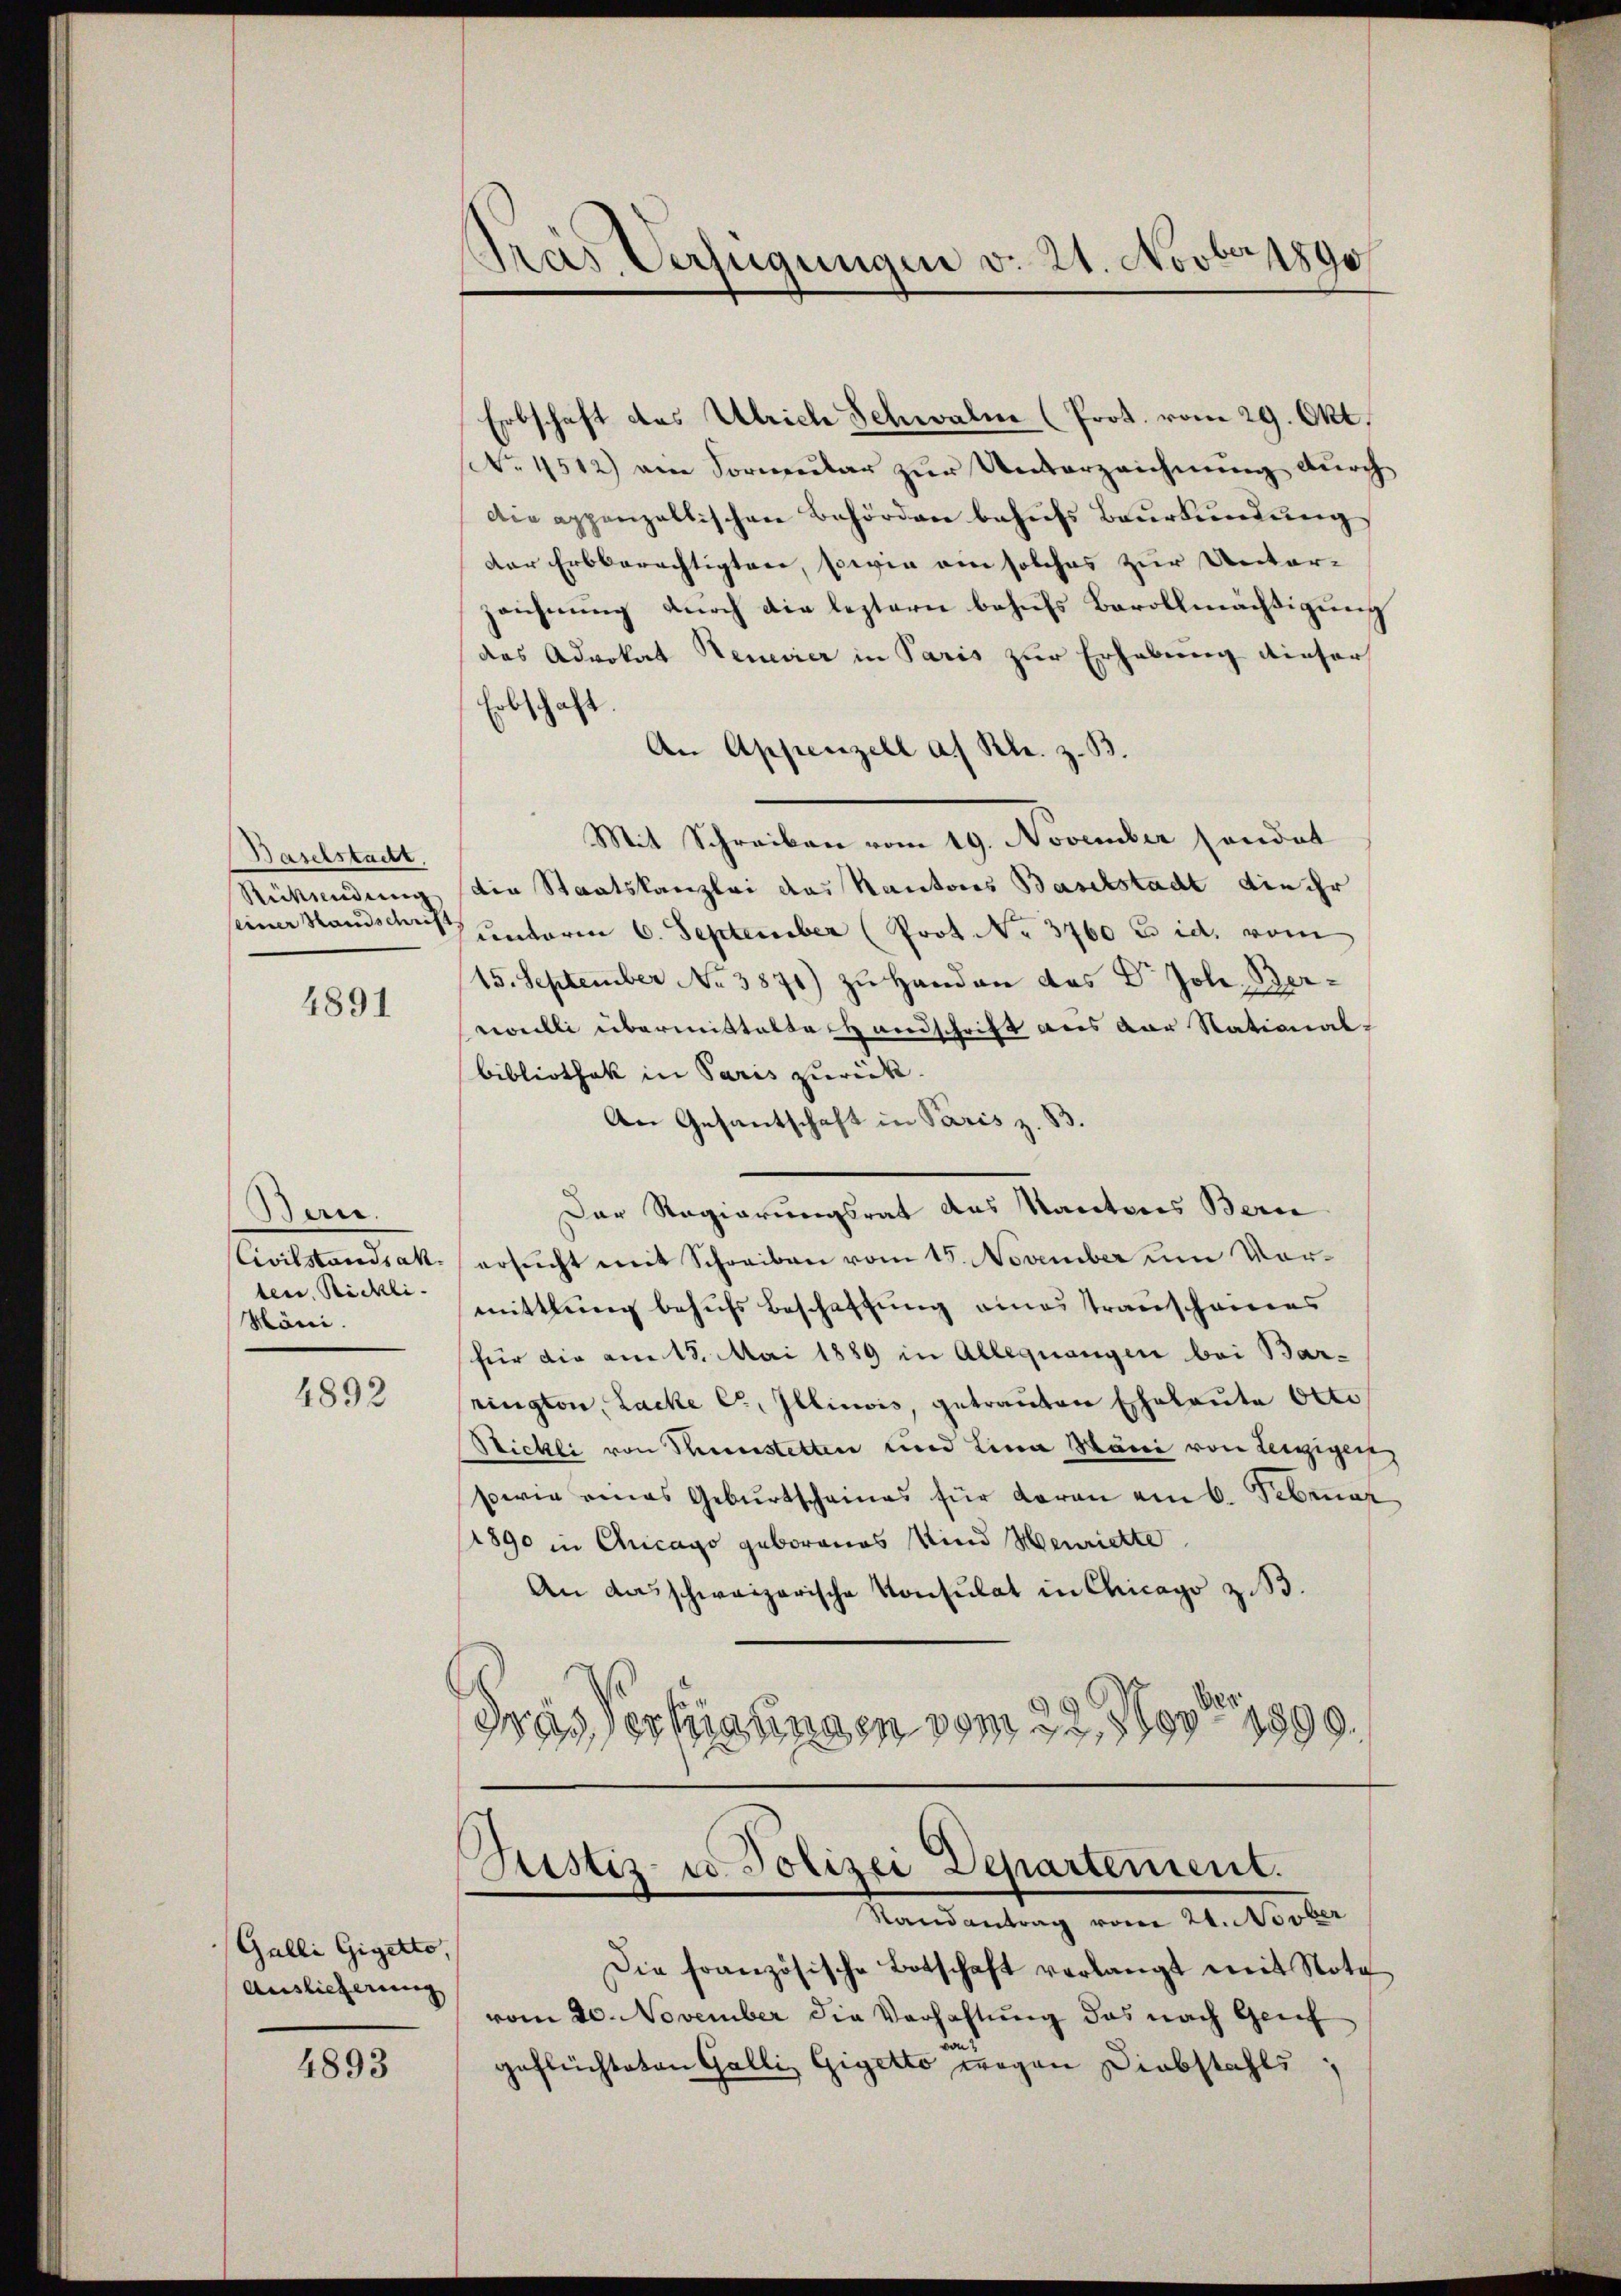
Baselstatt.
seiner Standschrift

4891

Bare.
ten, Rickli
Möni.

4892

Galli Gigetto,
Auslieferung

4893

tras Verfügungen v. 21. Novber 1890

Erbschaft des Ulrich Schwalm (Prot. vom 29. Okt.
No. 4512) am Vormular zur Unterzeichnung durch
die appenzellischen Behörden behufs Beurkundung
der Erbberechtigten, sowie ein solches zur Unterzeichnung durch die leztern behufs Bevollmächtigung
des Advokat Henevier in Paris zur Erhebung dieser
Erbschaft
An Appenzell a. Rh. z. B.
Mit Schreiben vom 19. November sondat
Rükendung die Staatskanzlei das Kantones Baselstadt die ihr
unterm 6. September (Prot. No. 3760 E id. vom
15. September No 3871) zu Handen des Dr. Joh. Bereweilli übermittalte Handschrift aus der Stational-
Bibliothek in Paris zurück.
An Gesantschaft in Paris z. B.
Der Regierungsrat des Kantons Bern
Civilstandsakt ersucht mit Schreiben vom 15. November um Vormittlung behufs Beschaffung eines Transcheines
für die am 15. Mai 1889 in Allequangen bei Barrington, Lacke C, Illinois, getrauten Eheleute Otto
Stickli von Thunstetten und Lina Böni von Leegigen
serie eines Gebŭrtscheines für daran am 6. Februar
1890 in Ancago geborenes Kind Henriette
An das schweizerische Konsulat in Chicago z.B.
Prasserkratingen vom 22. Nov. 1890.

Justiz- u. Polizei Departement.
Randantrag vom 24. Novber

Die französische Botschaft verlangt mit Nota
vom 20. November die Verhaltung das nach Genf
and
geflüchteten Galli, Gigetto wegen Diebstahls